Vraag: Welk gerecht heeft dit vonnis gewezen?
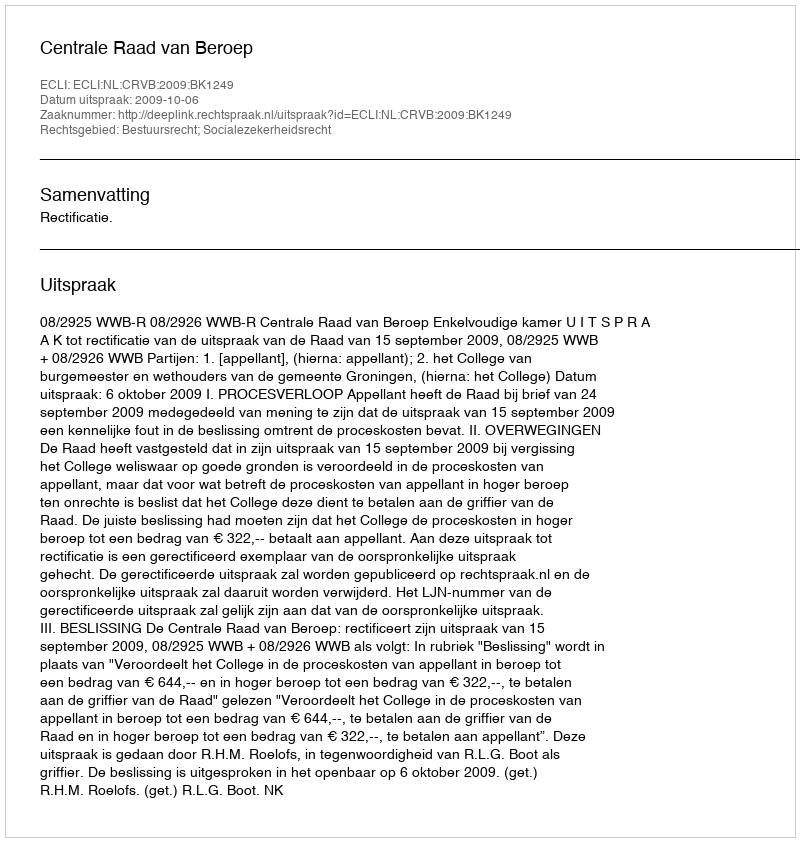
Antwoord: Centrale Raad van Beroep